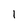
Character: 1